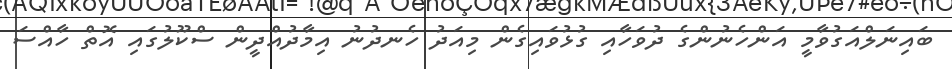
ބައިނަލްއަގުވާމީ އަންހެނުންގެ ދުވަހާއި ގުޅުވައިގެން މިއަދު ހެނދުނު އިމާދުއްދީން ސްކޫލުގައި އޮތް ހާއްސަ